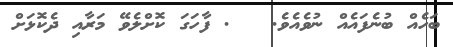
ބަހެއް ބުނެފައެއް ނުވެއެވެ.   . ފާހަގަ ކޮށްލެވޭ މަރާއި ދެކޮޅަށް